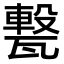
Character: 𤮈